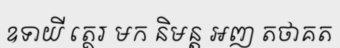
ឧទាយី ត្ថេរ មក និមន្ត អញ តថាគត